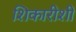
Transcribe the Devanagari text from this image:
शिकारीशी